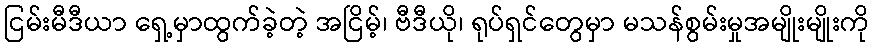
ငြမ်းမီဒီယာ ရှေ့မှာထွက်ခဲ့တဲ့ အငြိမ့်၊ ဗီဒီယို၊ ရုပ်ရှင်တွေမှာ မသန်စွမ်းမှုအမျိုးမျိုးကို